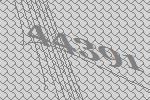
44391